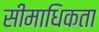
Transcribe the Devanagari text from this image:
सीमाधिकता